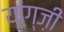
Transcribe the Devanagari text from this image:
यांग्ज़ी